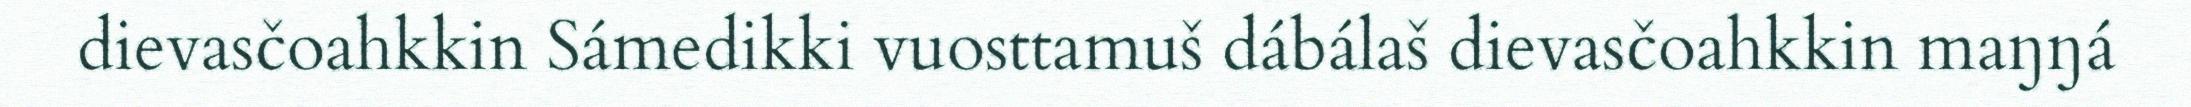
dievasčoahkkin Sámedikki vuosttamuš dábálaš dievasčoahkkin maŋŋá